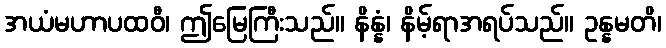
အယံမဟာပထဝီ၊ ဤမြေကြီးသည်။ နိန္နံ၊ နိမ့်ရာအရပ်သည်။ ဥန္နမတိ၊